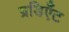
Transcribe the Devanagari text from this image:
ग्रडिएँट